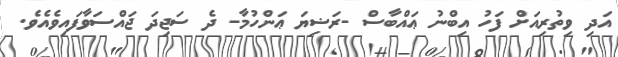
އަދި ވިތުރިއަށް ފަހު އިބްނު ޢައްބާސް -ރަޟިޔަ ޢަންހުމާ- ދެ ސަޖިދަ ޖައްސަވާފައިވެއެވެ.